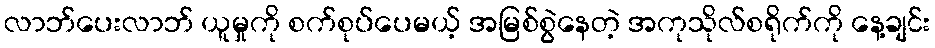
လာဘ်ပေးလာဘ် ယူမှုကို စက်စုပ်ပေမယ့် အမြစ်စွဲနေတဲ့ အကုသိုလ်စရိုက်ကို နေ့ချင်း